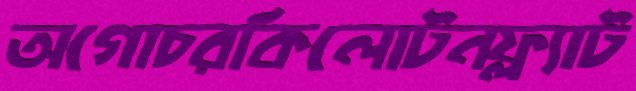
অগোচরকিলোটনফ্ল্যাট